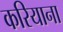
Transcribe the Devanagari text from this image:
करियाना